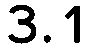
3.1